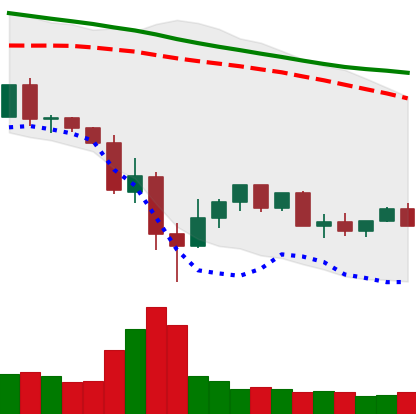
Ticker: XLM-USD
Chart end date: 2022-05-23
Forward return: -4.861%
Label: down_3_5